Eesti_Peakonsulaat_New_Yorgis, lk 2
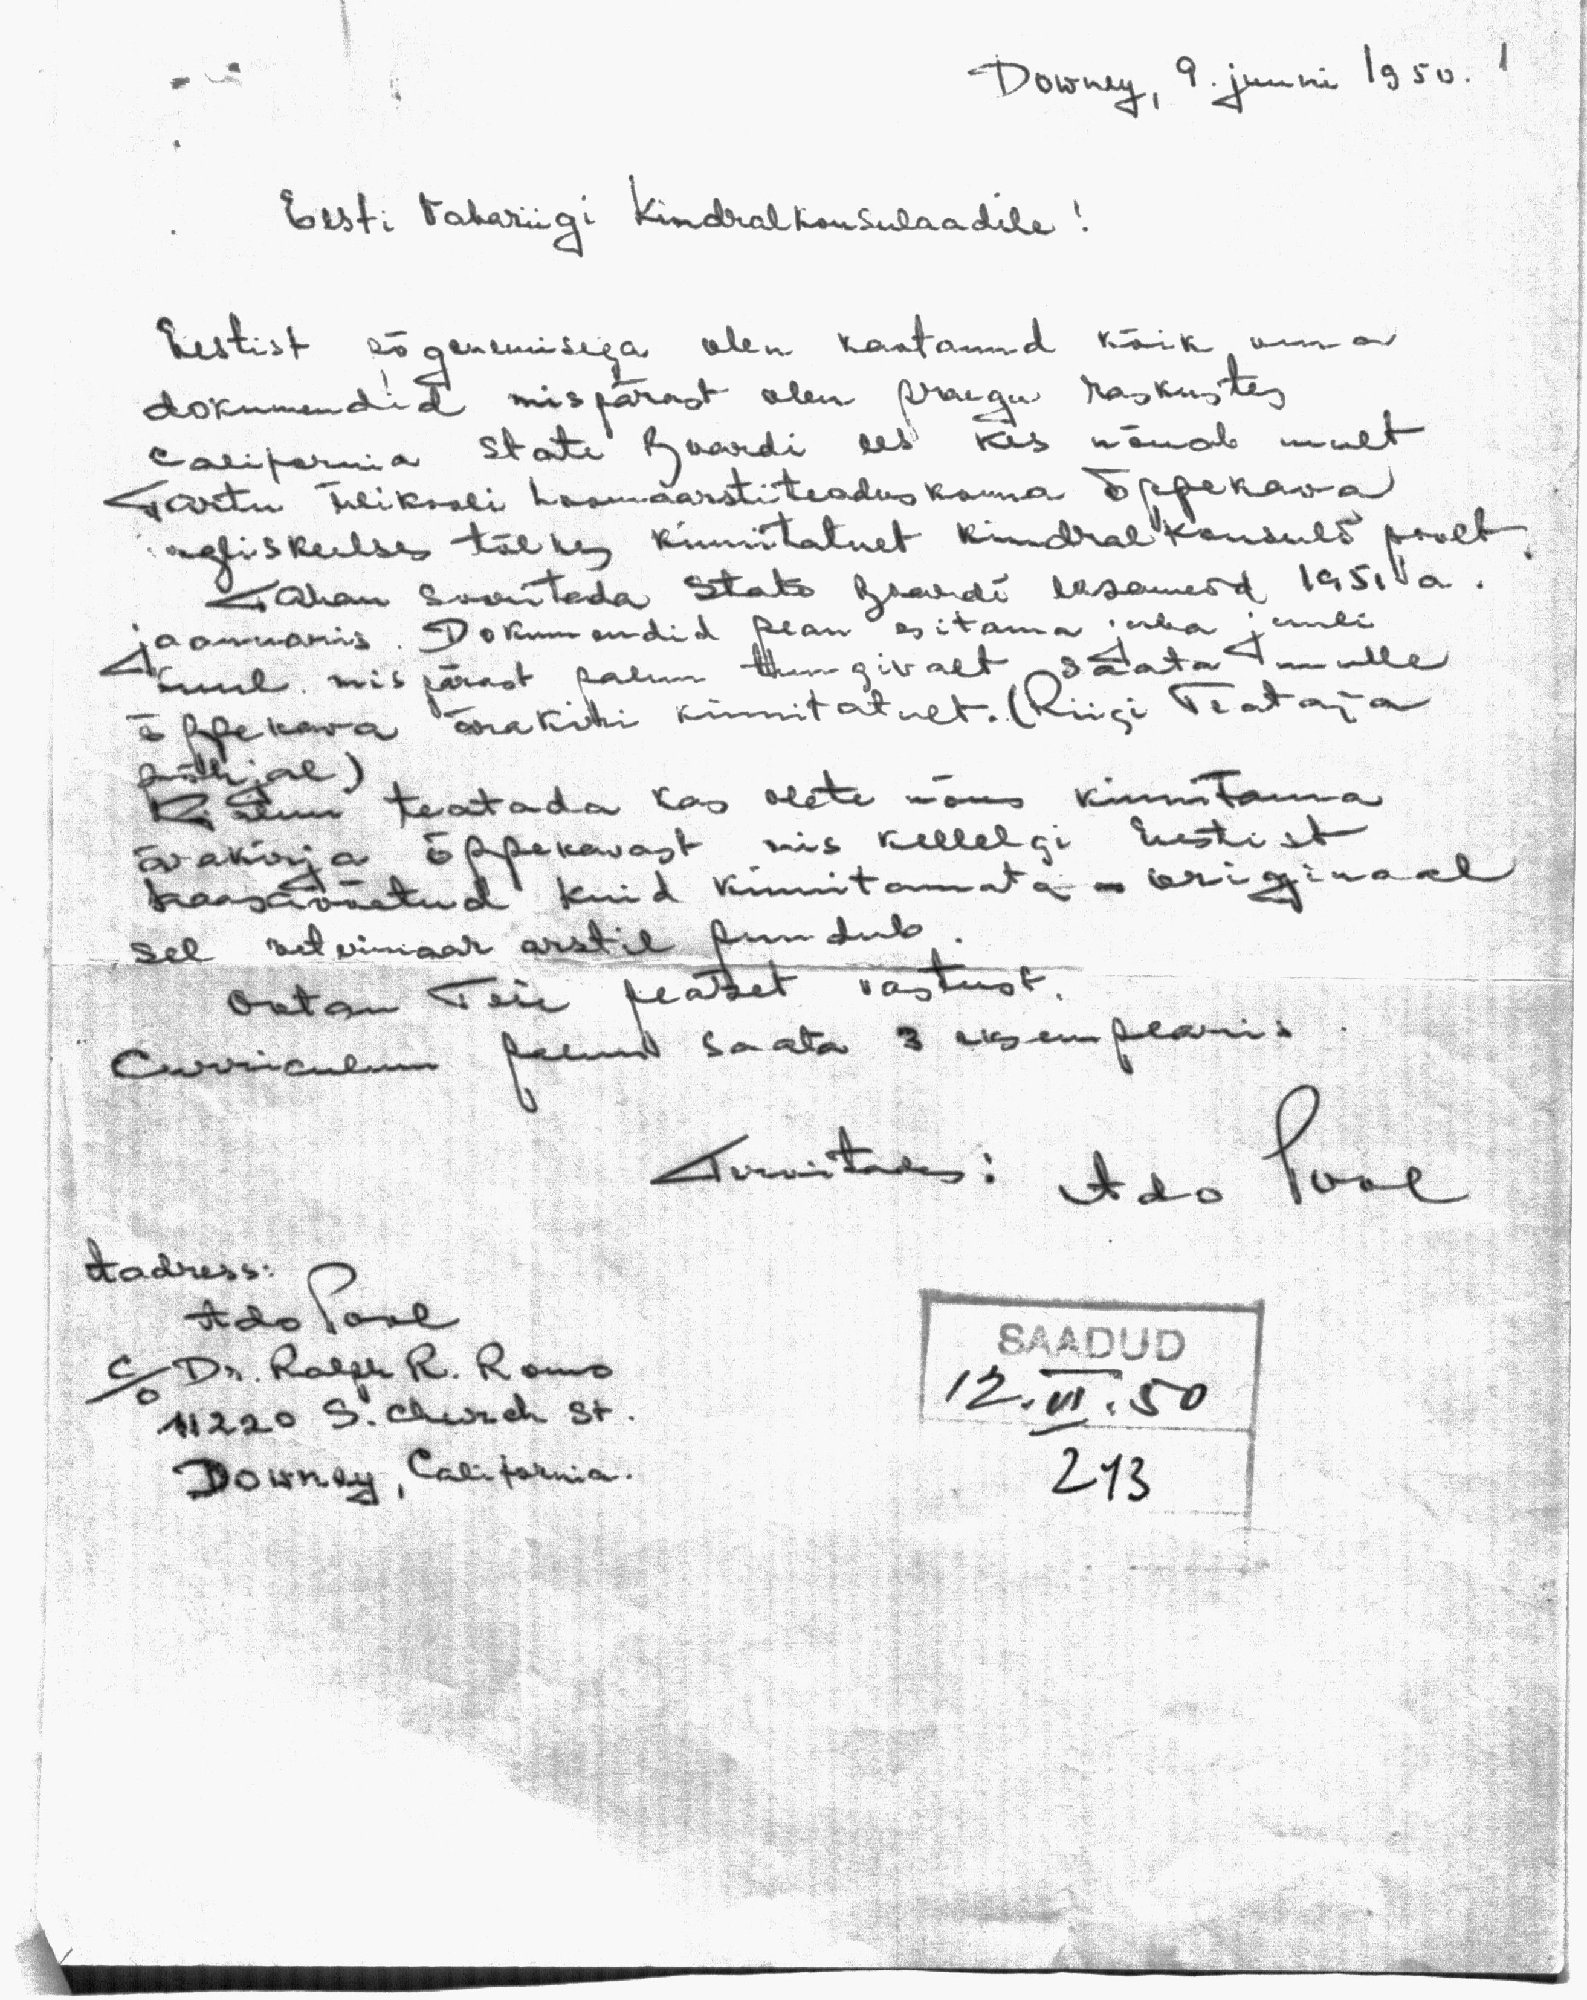
Downey, 9. juuni 1950.

No
Eesti Vabariigi Kindralkonsulaadile!

Eestist põgememisega olen kaotanud kõik oma
dokumendid mispärast olen praegu raskustes
California State Guardi ees kes nõuab mult
Tartu ülikooli loomaarstiteaduskonna õppekava
ingliskeelses tõlkes kinnitatult kindral konsuli poolt.
Tahan sooritada State Guardi eksameid 1951 a.
jaanuaris. Dokumentid pean esitama juba juulii
kuul, mis pärast palun tungivalt saata mulle
õppekava ärakiri kinnitatult. (Riigi Teataja
põhjal)
Palun  teatada kas olete nõus kinnitama
ärakirja õppekavast, mis kellelgi Eestist
kaasavõetud kuid kinnitamata originaal
sel veterinaar arstil puudub,
Ootan Teie peatset vastust.
Сurriculum palun saata 3 eksemplaris
Arvitades: Ado Pool
SAADUD
12.VI.50
243

Aadress:
Ado Pool
c/o Dr. Ralph R. Romo
11220 S. Church St.
Downey, California.